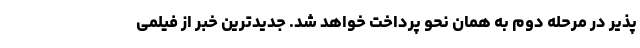
پذیر در مرحله دوم به همان نحو پرداخت خواهد شد. جدیدترین خبر از فیلمی